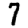
Digit: 7